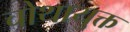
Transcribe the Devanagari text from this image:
चोथायुक्त